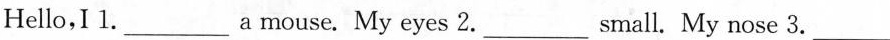
Hello,Ⅰ1.___a mouse. My eyes 2.___small. My nose 3.___